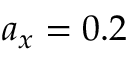
a _ { x } = 0 . 2